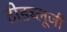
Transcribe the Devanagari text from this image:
टीडब्लूजी